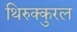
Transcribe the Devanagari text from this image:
थिरुक्कुरल